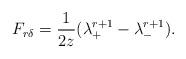
LaTeX: \begin{align*}F_{r\delta}=\frac{1}{2z}(\lambda_+^{r+1}-\lambda_-^{r+1}).\end{align*}